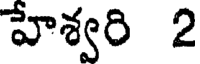
హేశ్వరి 2